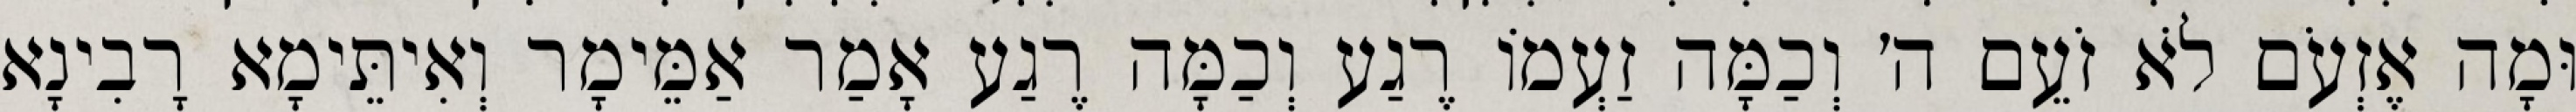
וּמָה אֶזְעֹם לֹא זֹעֵם ה׳ וְכַמָּה זַעְמוֹ רֶגַע וְכַמָּה רֶגַע אָמַר אַמֵּימָר וְאִיתֵּימָא רָבִינָא